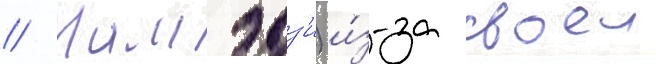
// Мамэдз'и) и́з-за своеи